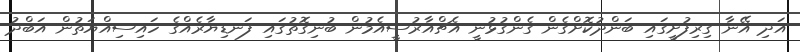
އަދި އޭނާ ގިރިފުށީގައި ބަންދުކޮށްގެން ގެންގުޅުނީ އެޗްއާރުސީއެމުން ބުނިގޮތުގައި ފަނޑިޔާރެއްގެ ހައިސިއްޔަތުން އަބްދު